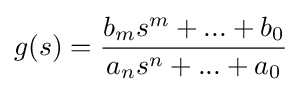
g(s)={\frac {b_{m}s^{m}+...+b_{0}}{a_{n}s^{n}+...+a_{0}}}